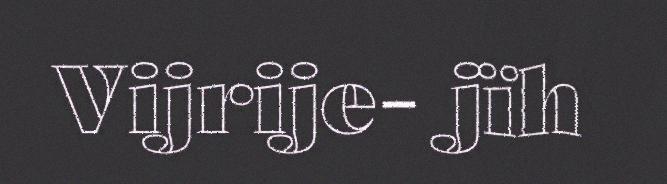
Vijrije- jïh